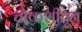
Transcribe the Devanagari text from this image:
चौकशीतून